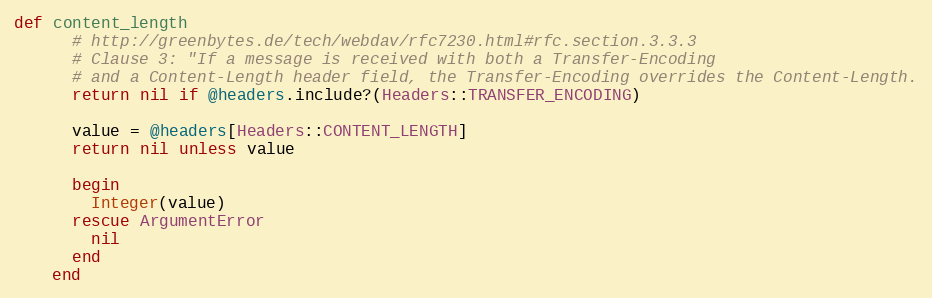
Language: Ruby
def content_length
      # http://greenbytes.de/tech/webdav/rfc7230.html#rfc.section.3.3.3
      # Clause 3: "If a message is received with both a Transfer-Encoding
      # and a Content-Length header field, the Transfer-Encoding overrides the Content-Length.
      return nil if @headers.include?(Headers::TRANSFER_ENCODING)

      value = @headers[Headers::CONTENT_LENGTH]
      return nil unless value

      begin
        Integer(value)
      rescue ArgumentError
        nil
      end
    end